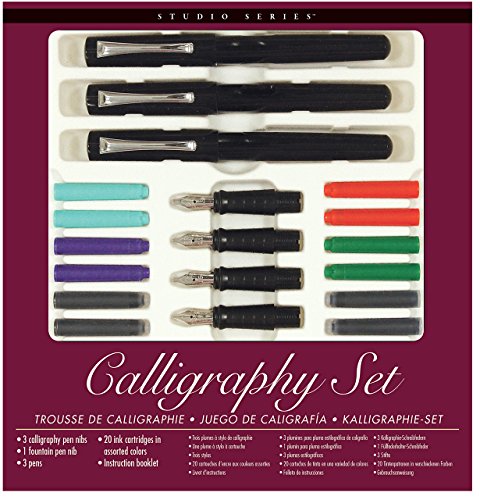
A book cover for Studio Series Calligraphy Pen Set; Peter Pauper Press; Arts & Photography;